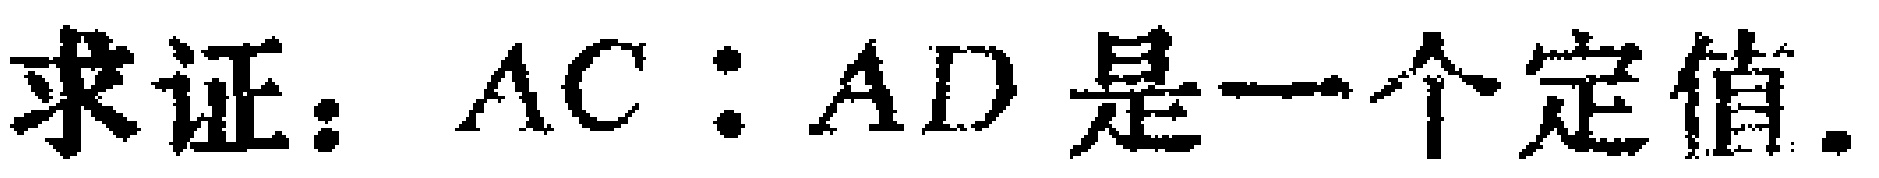
求证：$AC:AD$是一个定值.